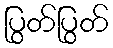
ပြွတ်ပြွတ်